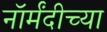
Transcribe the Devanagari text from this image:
नॉर्मंदीच्या